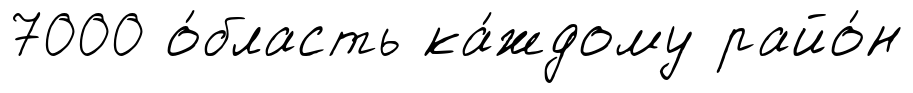
7000 о́бласть ка́ждому райо́н